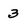
Character: 3